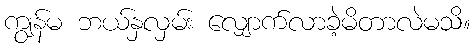
ကျွန်မ ဘယ်နှလှမ်း လျှောက်လာခဲ့မိတာလဲမသိ။